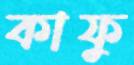
কাফু